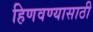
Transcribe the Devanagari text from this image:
हिणवण्यासाठी